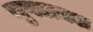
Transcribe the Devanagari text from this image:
जुपलक्स